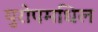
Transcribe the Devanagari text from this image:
युरोपमधिल